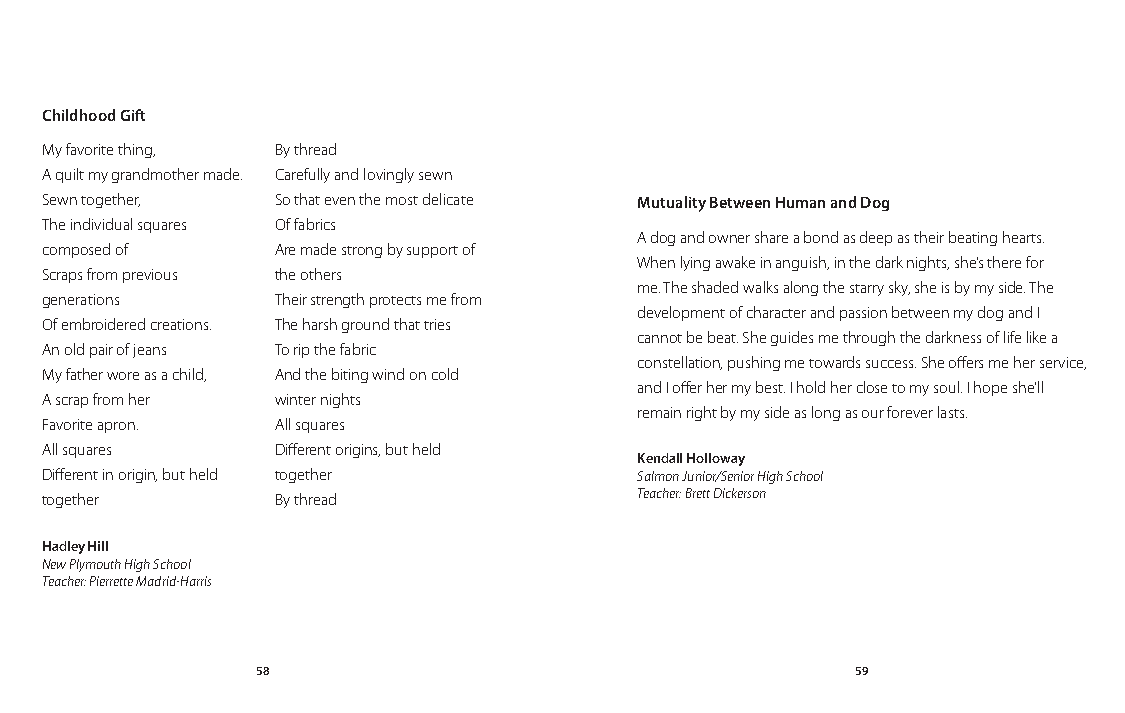
Childhood Gift
 My favorite thing, By thread
 A quilt my grandmother made. Carefully and lovingly sewn
 Sewn together, So that even the most delicate Mutuality Between Human and Dog
 The individual squares Of fabrics
 A dog and owner share a bond as deep as their beating hearts.
 composed of    Are made strong by support of
 When lying awake in anguish, in the dark nights, she’s there for
 Scraps from previous the others
 me. The shaded walks along the starry sky, she is by my side. The
 generations    Their strength protects me from
 development of character and passion between my dog and I
 Of embroidered creations. The harsh ground that tries
 cannot be beat. She guides me through the darkness of life like a
 An old pair of jeans To rip the fabric
 constellation, pushing me towards success. She offers me her service,
 My father wore as a child, And the biting wind on cold
 and I offer her my best. I hold her close to my soul. I hope she’ll
 A scrap from her winter nights
 remain right by my side as long as our forever lasts.
 Favorite apron. All squares
 All squares    Different origins, but held
 Kendall Holloway
 Different in origin, but held together Salmon Junior/Senior High School
 together       By thread               Teacher: Brett Dickerson
 Hadley Hill
 New Plymouth High School
 Teacher: Pierrette Madrid-Harris
 58                                      59